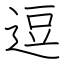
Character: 逗